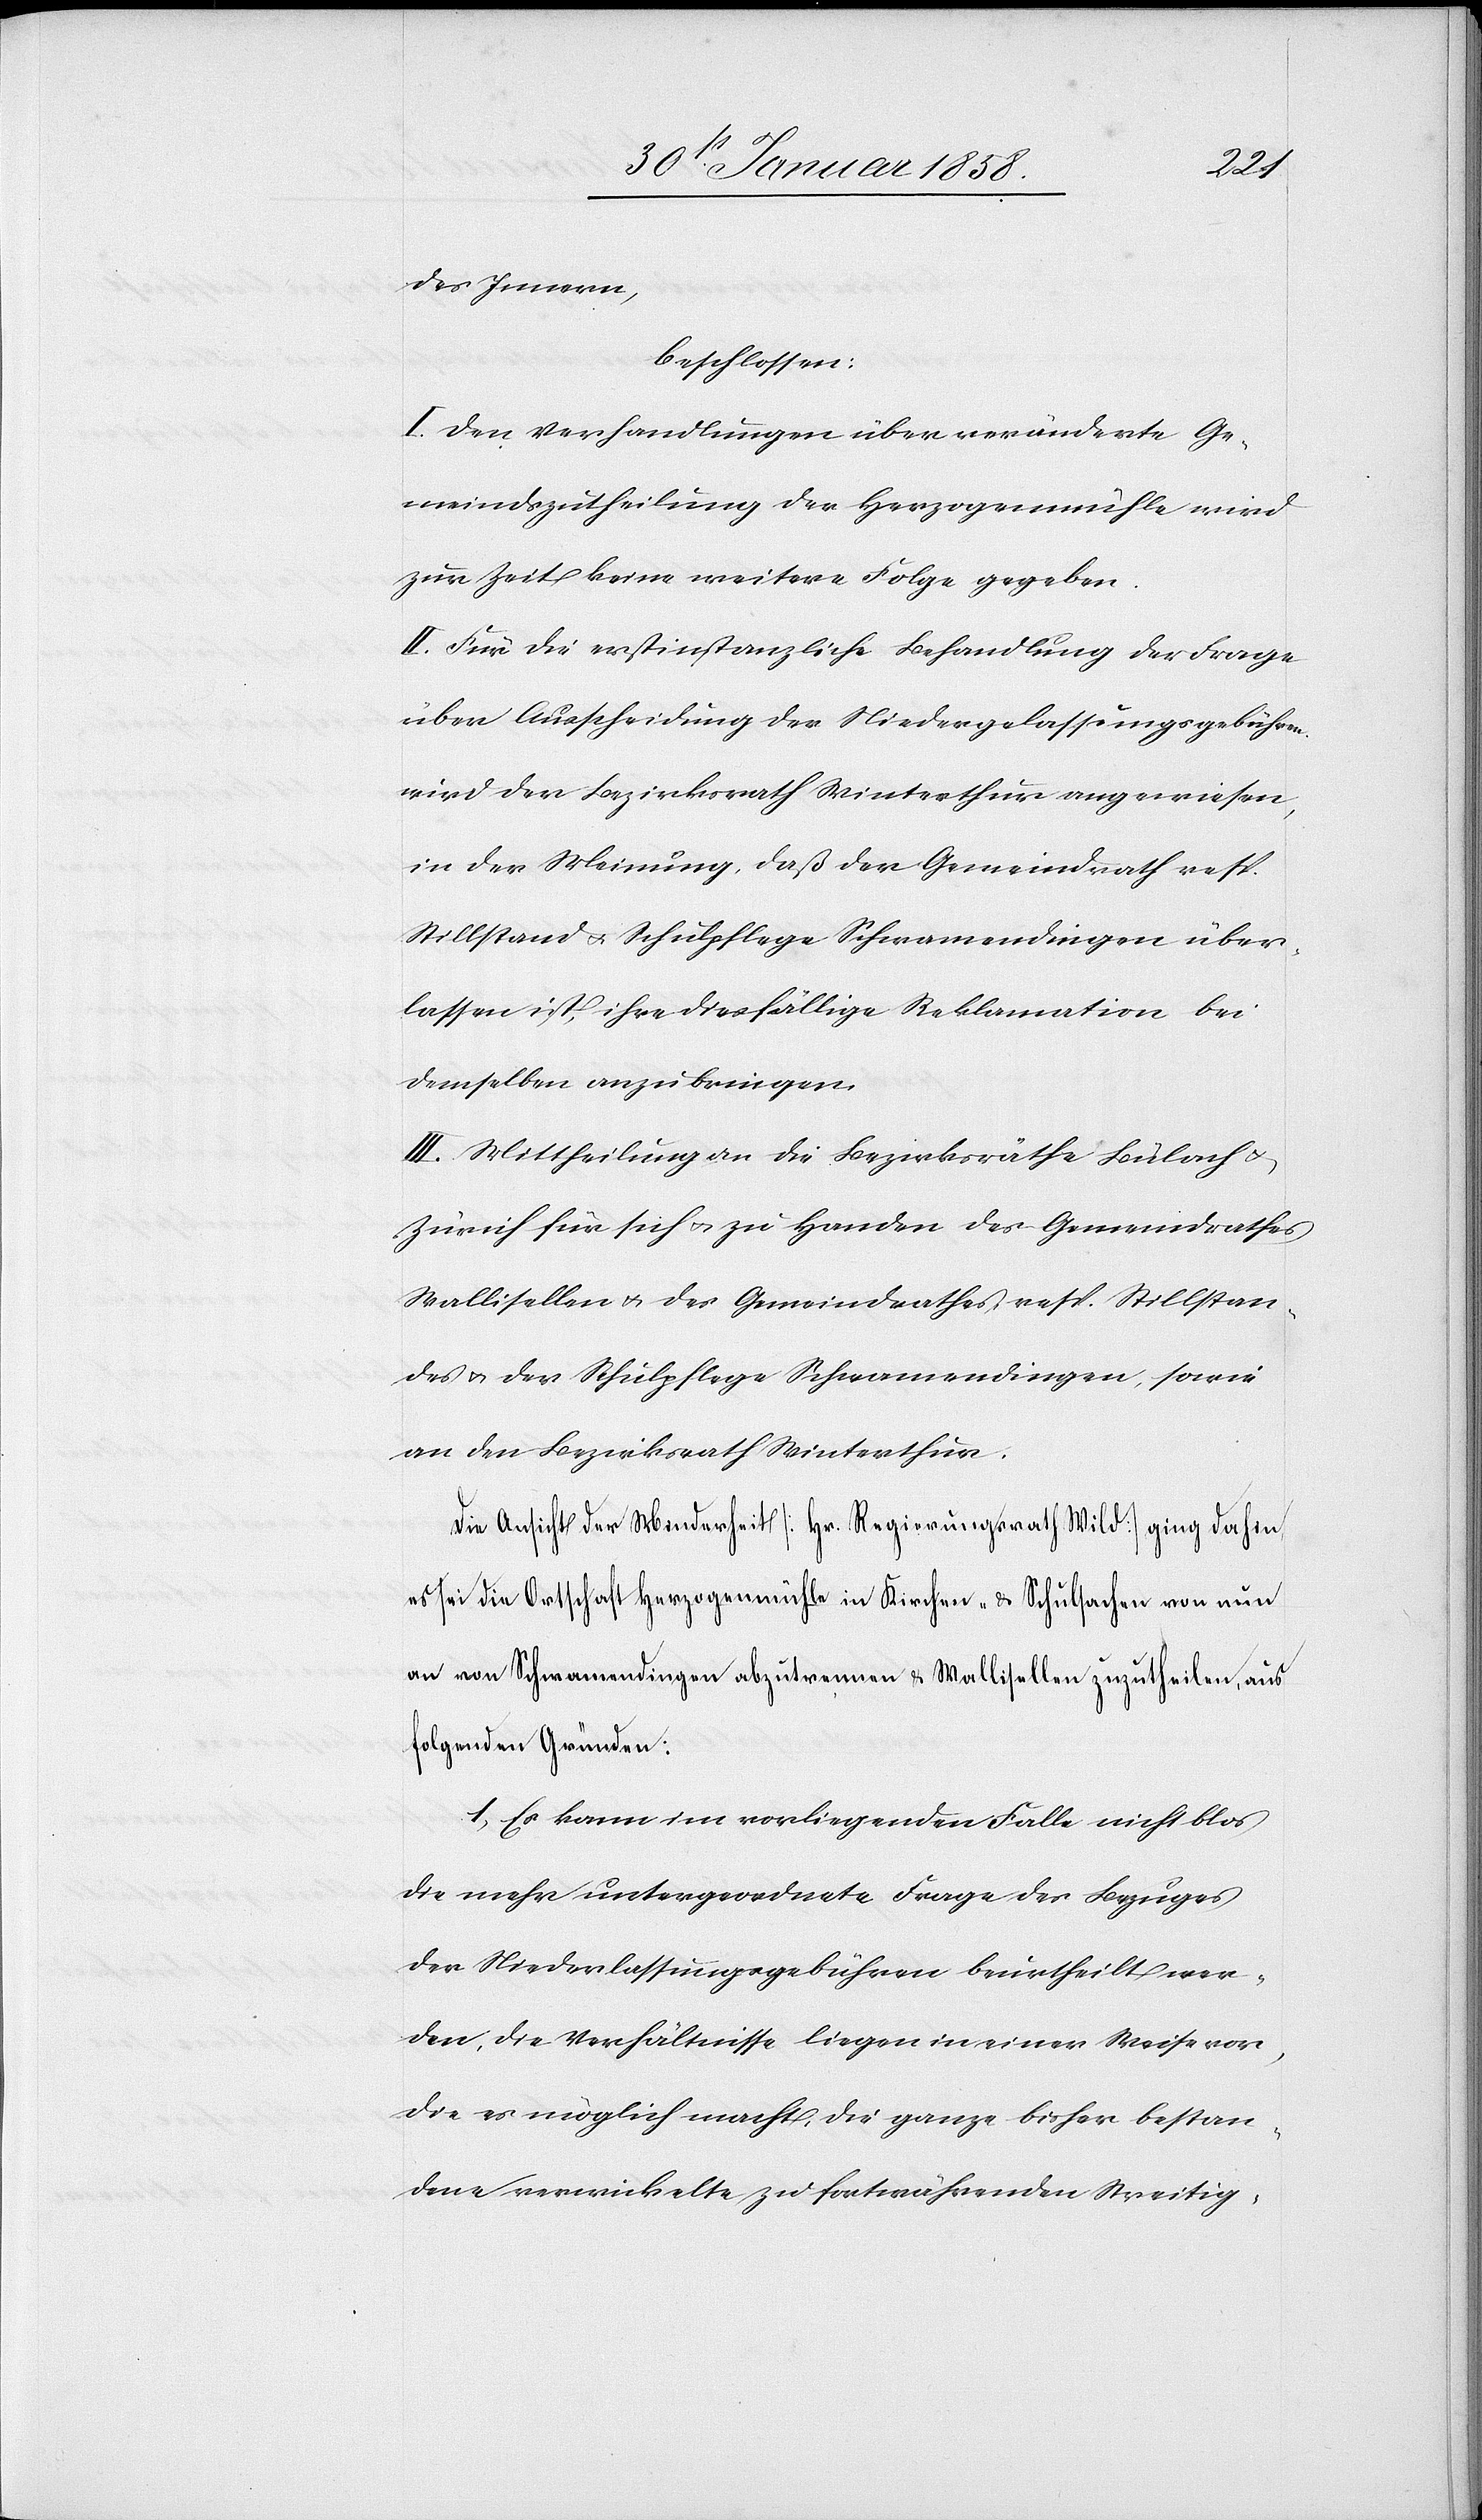
des Innern,
beschlossen:
I. Den Verhandlungen über veränderte Ge¬
meindszutheilung der Herzogenmühle wird
zur Zeit keine weitere Folge gegeben.
II. Für die erstinstanzliche Behandlung der Frage
über Ausscheidung der Niederlassungsgebühren
wird der Bezirksrath Winterthur angewiesen,
in der Meinung, daß der Gemeindrath resp.
Stillstand u. Schulpflege Schwamendingen über¬
lassen ist, ihre diesfällige Reklamation bei
demselben anzubringen.
III. Mittheilung an die Bezirksräthe Bülach u.
Zürich für sich u. zu Handen des Gemeindrathes
Wallisellen u. des Gemeindrathes, resp. Stillstan¬
des u. der Schulpflege Schwamendingen, sowie
an den Bezirksrath Winterthur.
Die Ansicht der Minderheit [Hr. Regierungsrath Wild] ging dahin,
es sei die Ortschaft Herzogenmühle in Kirchen- & Schulsachen von nun
an von Schwamendingen abzutrennen & Wallisellen zuzutheilen, aus
folgenden Gründen:
1. Es kann im vorliegenden Falle nicht blos
die mehr untergeordnete Frage des Bezuges
der Niederlassungsgebühren beurtheilt wer¬
den, die Verhältnisse liegen in einer Weise vor,
die es möglich macht, die ganze bisher bestan¬
dene verwinkelte zu fortwährenden Streitig-